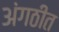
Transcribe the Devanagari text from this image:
अंगठीत